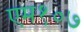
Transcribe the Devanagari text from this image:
एम१०७